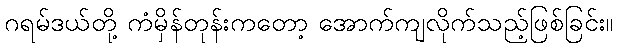
ဂရမ်ဒယ်တို့ ကံမှိန်တုန်းကတော့ အောက်ကျလိုက်သည့်ဖြစ်ခြင်း။